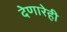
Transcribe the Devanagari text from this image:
देणारेही